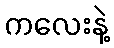
ကလေးနဲ့